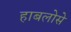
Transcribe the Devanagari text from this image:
हाबलोसे